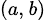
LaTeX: \scriptstyle(a,\, b)